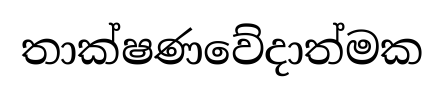
තාක්ෂණවේදාත්මක